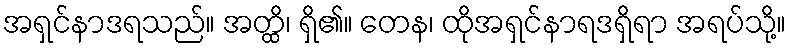
အရှင်နာဒရသည်။ အတ္ထိ၊ ရှိ၏။ တေန၊ ထိုအရှင်နာရဒရှိရာ အရပ်သို့။